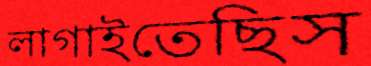
লাগাইতেছিস